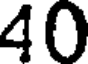
40